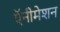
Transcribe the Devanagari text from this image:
ऍनीमेशन